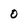
Character: 0